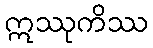
ဣဿုကိဿ